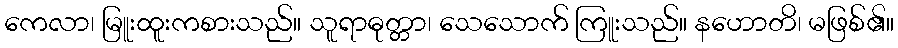
ကေလာ၊ မြူးထူးကစားသည်။ သူရာဓုတ္တာ၊ သေသောက် ကြူးသည်။ နဟောတိ၊ မဖြစ်၏။